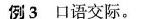
例3口语交际。